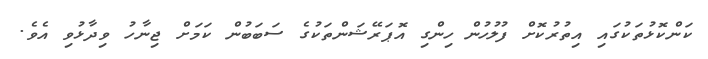
ކަންކޮޅުތަކުގައި އިތުރުކޮށް ފުލުހުން ހިންގި އޮޕަރޭޝަންތަކުގެ ސަބަބުން ކަމަށް ޖިނާހު ވިދާޅުވި އެވެ.